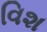
વિશ